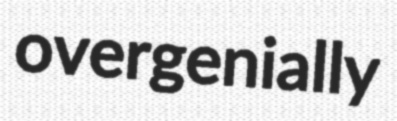
overgenially